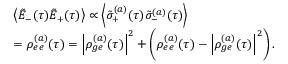
\begin{array} { r l } & { \left\langle \tilde { E } _ { - } ( \tau ) \tilde { E } _ { + } ( \tau ) \right\rangle \propto \left\langle \tilde { \sigma } _ { + } ^ { ( a ) } ( \tau ) \tilde { \sigma } _ { - } ^ { ( a ) } ( \tau ) \right\rangle } \\ & { = \rho _ { e e } ^ { ( a ) } ( \tau ) = \left| \rho _ { g e } ^ { ( a ) } ( \tau ) \right| ^ { 2 } + \left( \rho _ { e e } ^ { ( a ) } ( \tau ) - \left| \rho _ { g e } ^ { ( a ) } ( \tau ) \right| ^ { 2 } \right) . } \end{array}